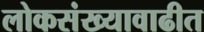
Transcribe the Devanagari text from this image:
लोकसंख्यावाढीत